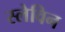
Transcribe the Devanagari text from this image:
स्लेविन